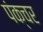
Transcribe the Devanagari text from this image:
पंक्‍चर